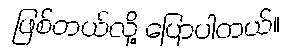
ဖြစ်တယ်လို့ ပြောပါတယ်။